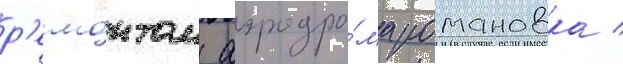
р'емо́нтом аэродро́ма романовка /